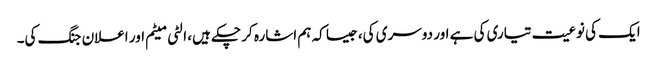
ایک کی نوعیت تیاری کی ہے اور دوسری کی، جیسا کہ ہم اشارہ کر چکے ہیں، الٹی میٹم اور اعلان جنگ کی۔